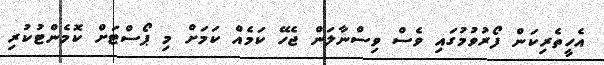
އެހީތެރިކަން ފޯރުވުމުގައި ވެސް ވިސްނާލަން ޖެހޭ ކަމެއް ކަމަށް މި ޕޯސްޓަށް ކޮމެންޓުކުރި